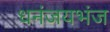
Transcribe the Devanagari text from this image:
धनंजयभंज